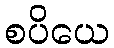
စပိယေ